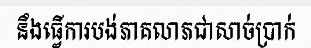
នឹងធ្វើការបង់ភាគលាភជាសាច់ប្រាក់